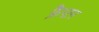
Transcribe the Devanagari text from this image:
फ्रैंप्टन